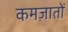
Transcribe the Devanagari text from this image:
कमज़ातों